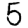
Digit: 5